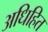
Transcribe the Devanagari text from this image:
अधिहित